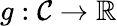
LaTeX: g:{\mathcal{C}}\to\mathbb{R}